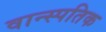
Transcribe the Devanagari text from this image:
वान्स्पतिक